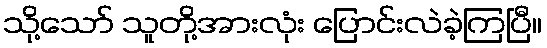
သို့သော် သူတို့အားလုံး ပြောင်းလဲခဲ့ကြပြီ။